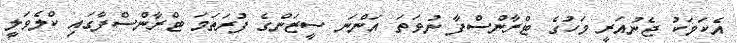
އެކަމަކު ޖެނުއަރީ މަހުގެ ޓްރާންސްފާ ނުވަތަ އަންނަ ސީޒަންގެ ފުރަތަމަ ޓްރާންސްފާގައި ކްލެވަލީ